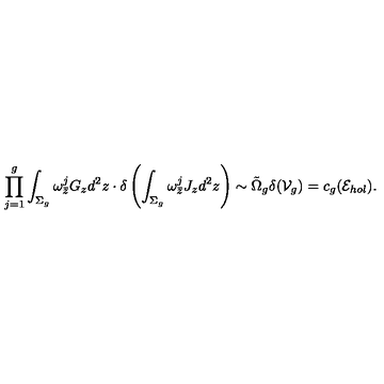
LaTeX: \prod _ { j = 1 } ^ { g } \int _ { \Sigma _ { g } } \omega _ { \bar { z } } ^ { j } G _ { z } d ^ { 2 } z \cdot \delta \left( \int _ { \Sigma _ { g } } \omega _ { \bar { z } } ^ { j } J _ { z } d ^ { 2 } z \right) \sim \tilde { \Omega } _ { g } \delta ( { \cal V } _ { g } ) = c _ { g } ( { \cal E } _ { h o l } ) .